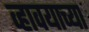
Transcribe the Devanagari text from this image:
व्हावयाच्या